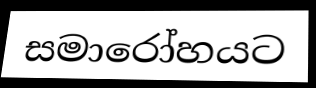
සමාරෝහයට